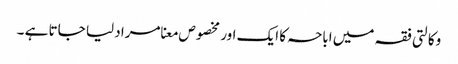
وکالتی فقہ میں اباحہ کا ایک اور مخصوص معنا مراد لیا جاتا ہے ۔